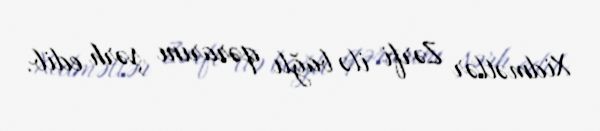
Xidmətlər Zərfi ilə bağlı qərarını şərh edib.